Report on plague in the Punjab from October 1st ... to September 30th ..., being the ... season of plague in the province
Disease focus: Plague
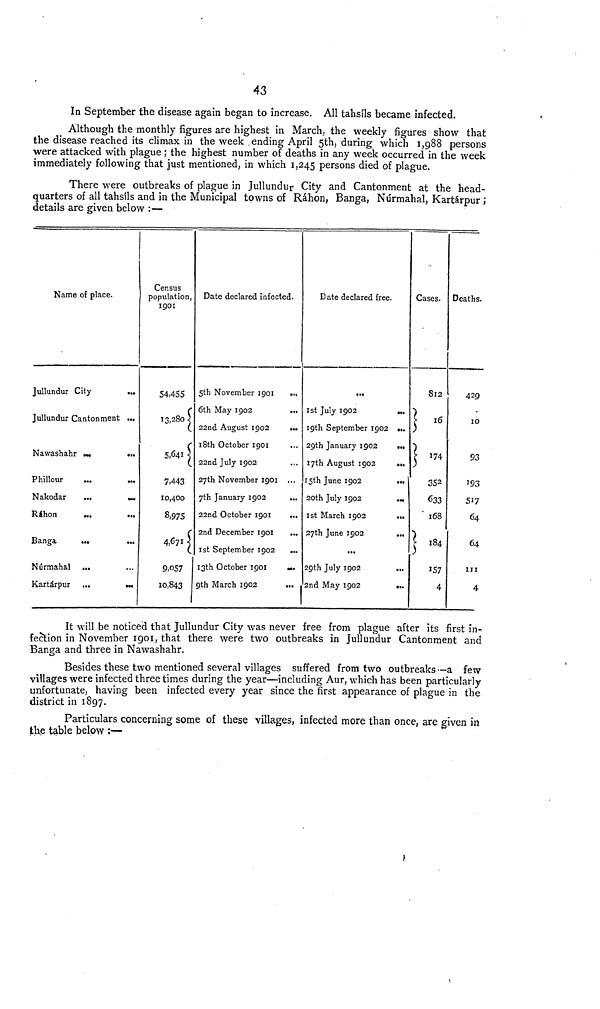
43
In September the disease again began to increase. All tahsils became infected.
Although the monthly figures are highest in March, the weekly figures show that
the disease reached its climax in the week ending April 5th, during which 1,988 persons
were attacked with plague ; the highest number of deaths in any week occurred in the week
immediately following that just mentioned, in which 1,245 persons died of plague.
There were outbreaks of plague in Jullundur City and Cantonment at the head-
quarters of all tahsils and in the Municipal towns of Ráhon, Banga, Núrmahal, Kartárpur ;
details are given below :—
Name of place.
Jullundur City
Jullundur Cantonment ...
Nawashahr
Phillour
Nakodar
Ráhon
Banga
Núrmahal
Kartárpur
...
...
...
...
...
...
Census
population.
1901
54,455
13,280
5,641
7,443
10,400
8,975
4,671
9,057
10,843
Date declared infected
5th November 1901
6th May 1902
22nd August 1902
18th October 1901
22nd July 1902
27th November 1901
7th January 1902
22nd October 1901
2nd December 1901
1st September 1902
13th October 1901
9th March 1902
.
• •1
...
..,
• ••
...
...
...
...
...
Date declared free.
1st July 1902
19th September 1902
29th January 1902
17th August 1902
15th June 1902
20th July 1902
1st March 1902
27th June 1902
...
29th July 1902
2nd May 1902
...
...
...
-
Cases.
812
16
174
352
633
168
184
157
4
Deaths.
429
10
93
193
517
64
64
111
4
It will be noticed that Jullundur City was never free from plague after its first in-
fection in November 1901, that there were two outbreaks in Jullundur Cantonment and
Banga and three in Nawashahr.
Besides these two mentioned several villages suffered from two outbreaks—a few
villages were infected three times during the year—including Aur, which has been particularly
unfortunate, having been infected every year since the first appearance of plague in the
district in 1897.
Particulars concerning some of these villages, infected more than once, are given in
the table below :—